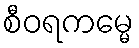
စီဝရကမ္မေ